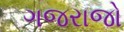
ગજરાજો